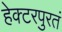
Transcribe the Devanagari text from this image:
हेक्टरपुरतं